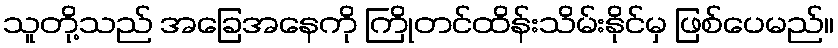
သူတို့သည် အခြေအနေကို ကြိုတင်ထိန်းသိမ်းနိုင်မှ ဖြစ်ပေမည်။